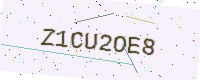
Text: Z1CU2OE8